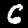
Label: 6